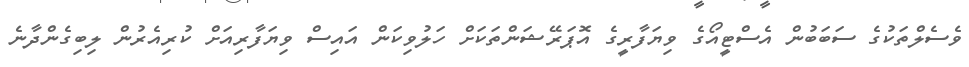
ވެސެލްތަކުގެ ސަބަބުން އެސްޓީއޯގެ ވިޔަފާރީގެ އޮޕަރޭޝަންތަކަށް ހަލުވިކަން އައިސް ވިޔަފާރިއަށް ކުރިއެރުން ލިބިގެންދާނެ